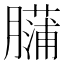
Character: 𰯡